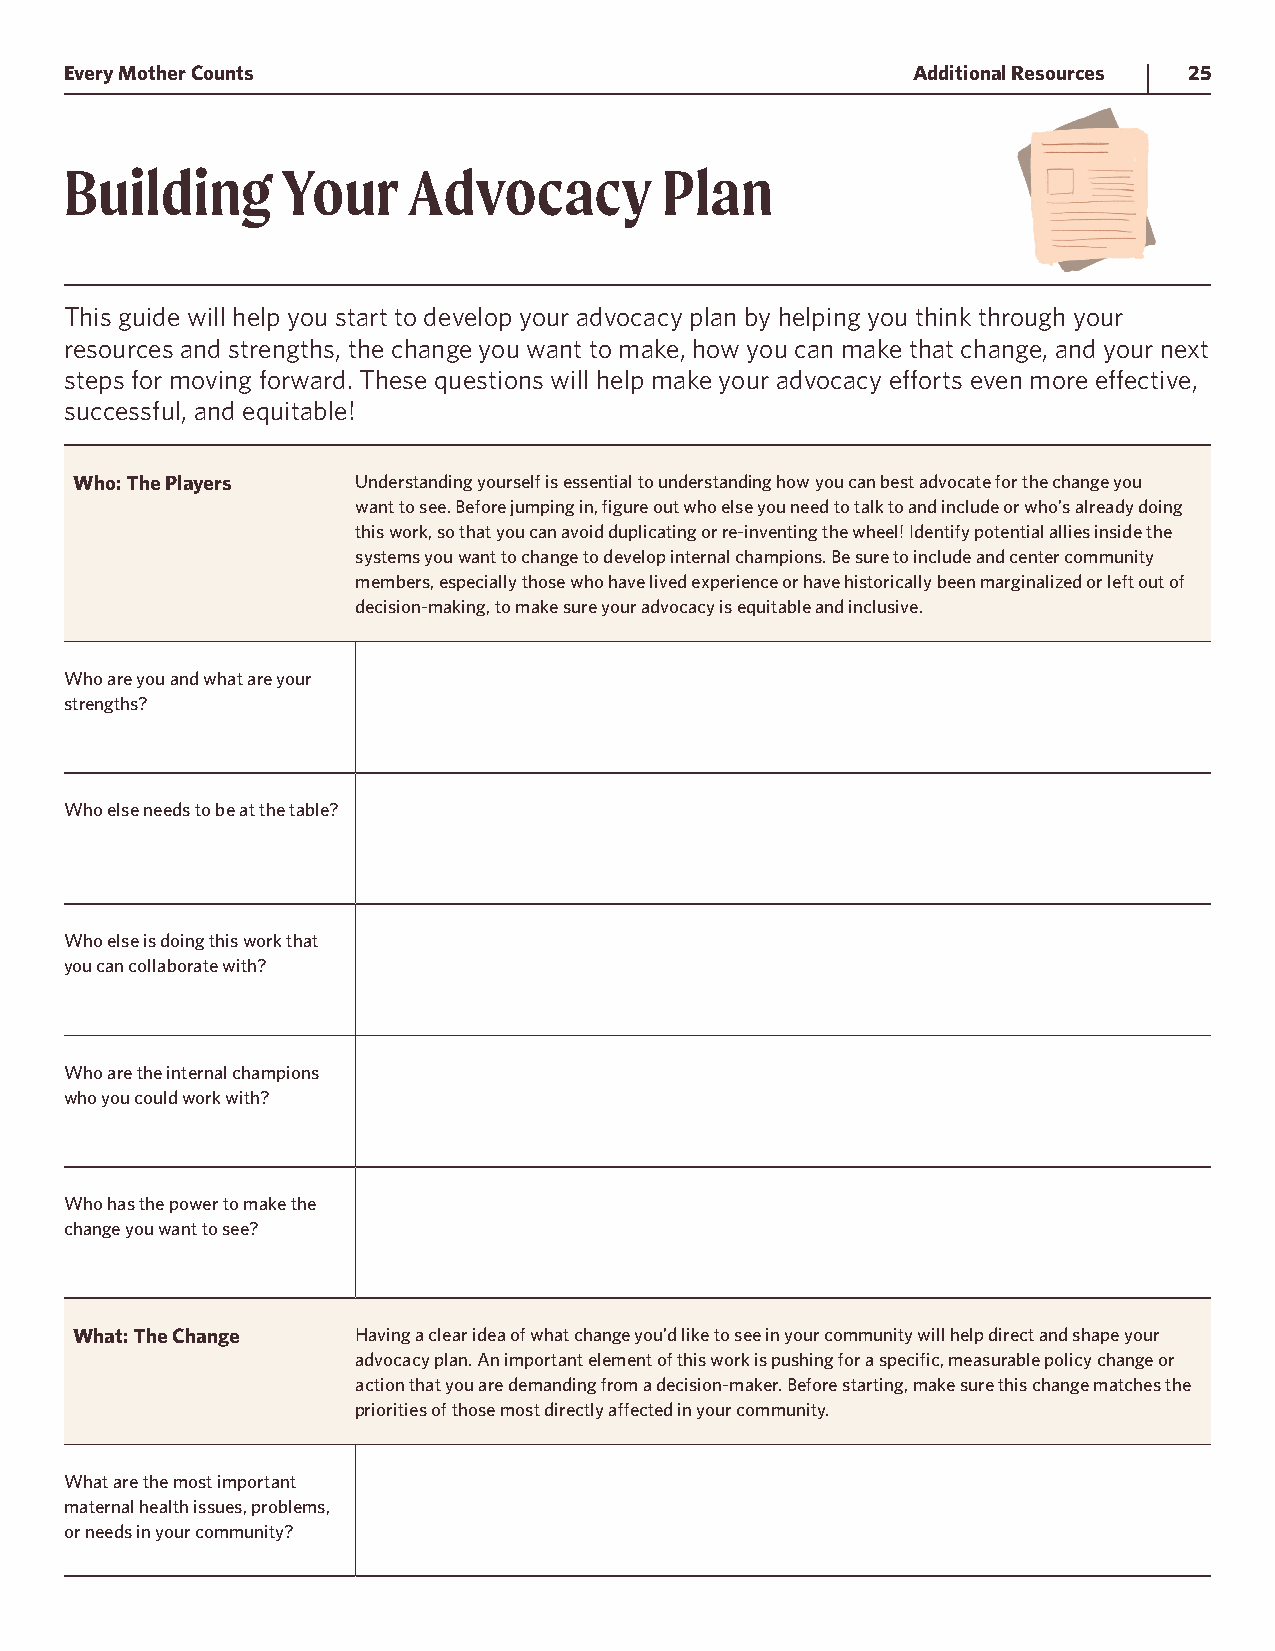
Every Mother Counts                                     Additional Resources 25
 Building       Your    Advocacy         Plan
 This guide will help you start to develop your advocacy plan by helping you think through your
 resources and strengths, the change you want to make, how you can make that change, and your next
 steps for moving forward. These questions will help make your advocacy efforts even more effective,
 successful, and equitable!
 Who: The Players   Understanding yourself is essential to understanding how you can best advocate for the change you
 want to see. Before jumping in, figure out who else you need to talk to and include or who’s already doing
 this work, so that you can avoid duplicating or re-inventing the wheel! Identify potential allies inside the
 systems you want to change to develop internal champions. Be sure to include and center community
 members, especially those who have lived experience or have historically been marginalized or left out of
 decision-making, to make sure your advocacy is equitable and inclusive.
 Who are you and what are your
 strengths?
 Who else needs to be at the table?
 Who else is doing this work that
 you can collaborate with?
 Who are the internal champions
 who you could work with?
 Who has the power to make the
 change you want to see?
 What: The Change   Having a clear idea of what change you’d like to see in your community will help direct and shape your
 advocacy plan. An important element of this work is pushing for a specific, measurable policy change or
 action that you are demanding from a decision-maker. Before starting, make sure this change matches the
 priorities of those most directly affected in your community.
 What are the most important
 maternal health issues, problems,
 or needs in your community?